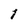
Character: 1